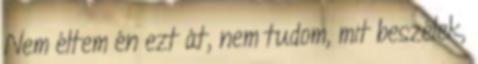
Nem éltem én ezt át, nem tudom, mit beszélek,